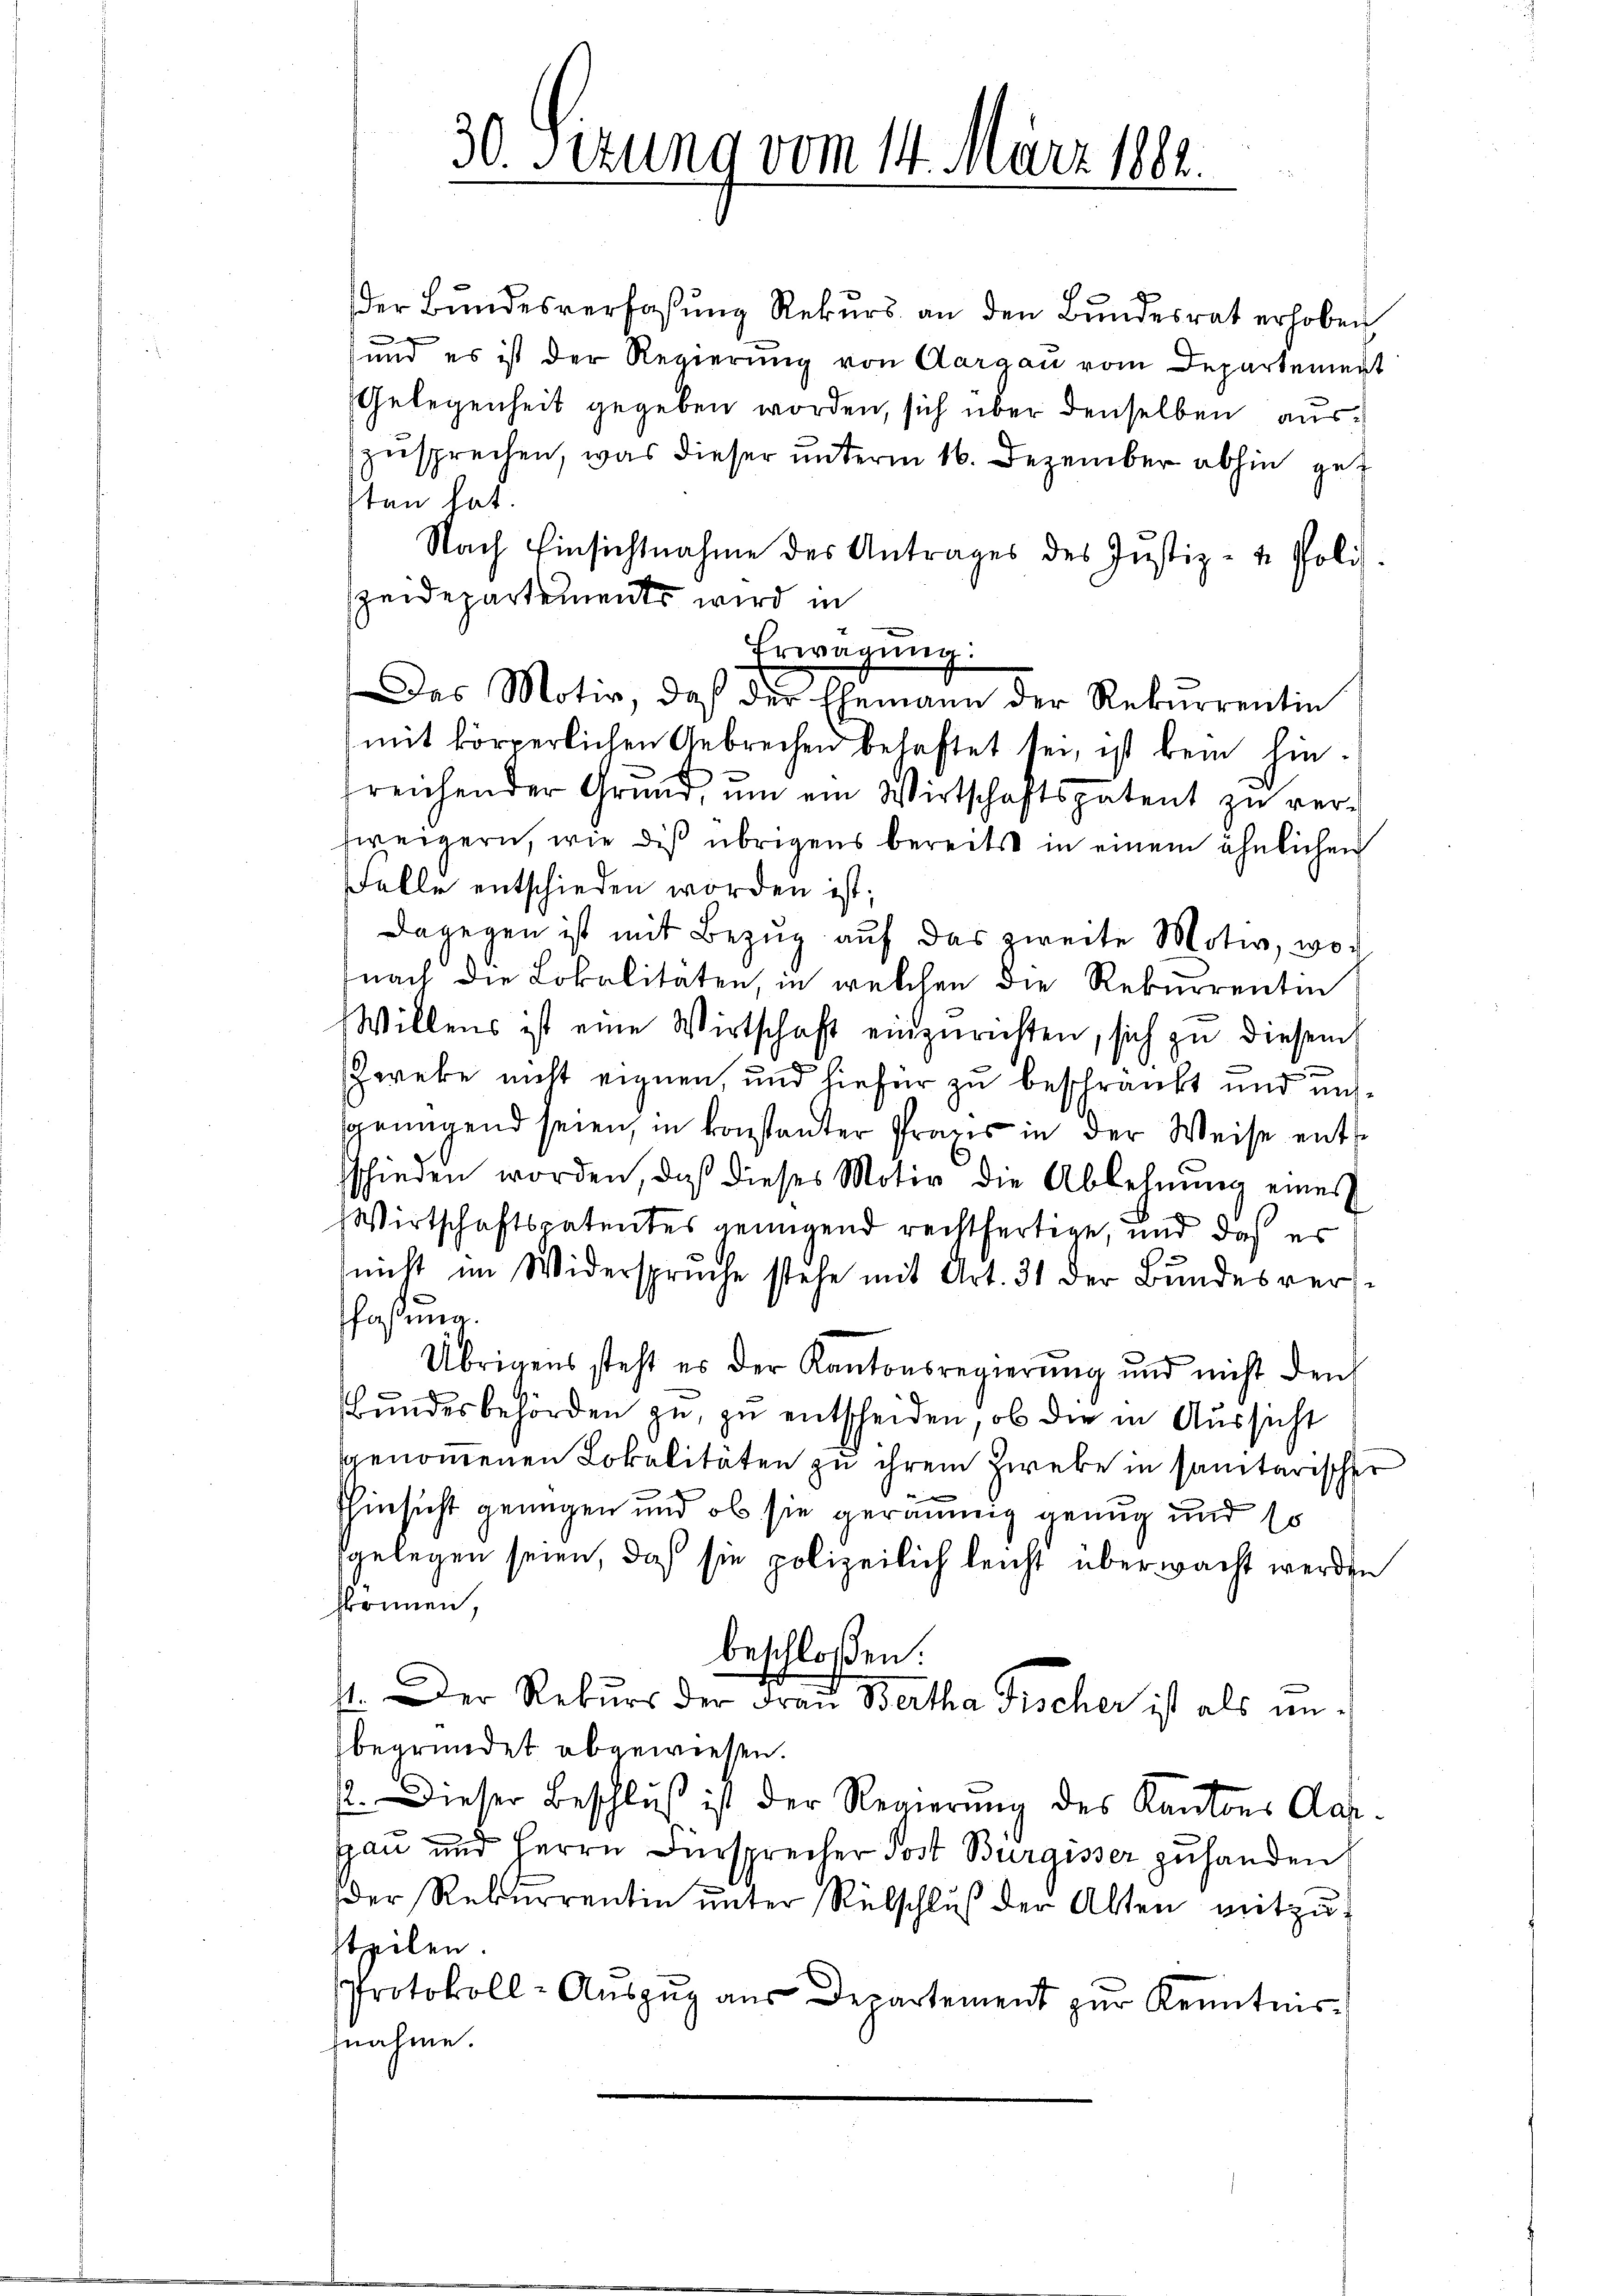
30. Sizung vom 14. März 1888.

der Bŭndesverfassŭng Rekŭrs an den Bŭndesrat erhoben
und es ist der Regierung von Aargau vom Departement
Gelegenheit gegeben worden, sich über denselben auszusprechen, was dieser unterm 16. Dezember abhin gut
tan hat.
Nach Einsichtnahme des Antrages des Justiz- & Polit.
zeidepartements wird in
Erwägung:
Das Motiv, daß der Ehemann der Rekurrentin
mit körperlichen Gebrechen behaftet sei, ist kein hin-
freichender Grŭnd ŭm ein Wirtschaftspatent zu ver-
hweigern, wie dis übrigens bereits in einem ähnlichen
Falle entschieden worden ist;
dagegen ist mit Bezŭg aŭf das zweite Motiv, wonach die Lokalitäten, in welchen die Rekurrenten
Willens ist eine Wirtschaft einzurichten, sich zu diesem
 un
Zweke nicht eignen, und hiefür zu beschränkt und unsgenügend seien, in konstanter Praxis in der Weise entsschieden worden, daß dieses Motiv die Ablehnŭng eines
Wirtschaftspatentes genügend rechtfertige, und daß es
nicht im Widerspruche stehe mit Art. 31 der Bundesveraßung.
Übrigens steht es der Kantonsregierung und nicht den
Bŭndesbehörden zu zu entscheiden, ob die in Aussicht
ggenommenen Lokalitäten zu ihrem Zweke in sanitarischer
hinsicht genügen und ob sie geräumig genug und 10
gelegen seien, daß sie polizeilich leicht überwacht werden
hkönnen
beschloßen:
st. Der Rekurs der Frau Bertha Fischer ist als unbegründet abgewiesen.
2. Dieser Beschlŭβ ist der Regierŭng des Kantons Aar-
Hau und Herrn Fürsprecher Post Bürgisser zu handen
der Rekurrentin unter Rütschluß der Alten mitzuteilen.
Protokoll-Aŭszŭg aŭs Departement zŭr Kenntnis-
nahme.